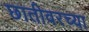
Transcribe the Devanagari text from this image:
छातीवरच्या